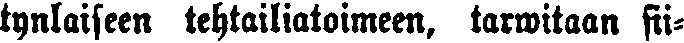
tynlaiseen tehtailiatoimeen, tarwitaan sii-